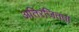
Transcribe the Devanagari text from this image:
अतिरंजितता